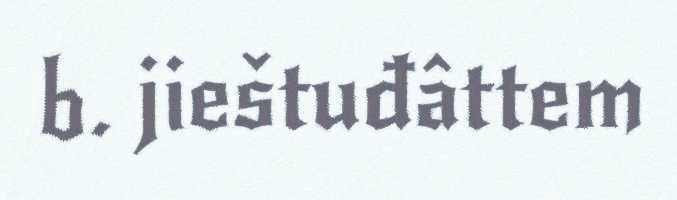
b. jieštuđâttem